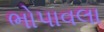
ભોપાવલા